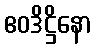
ဧဝဒိဋ္ဌိနော